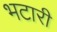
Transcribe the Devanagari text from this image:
भटारी